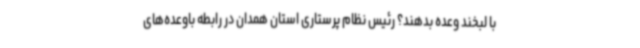
با لبخند وعده بدهند؟ رئیس نظام پرستاری استان همدان در رابطه باوعده‌های